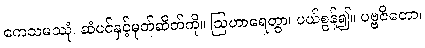
ကေသမဿုံ၊ ဆံပင်နှင့်မုတ်ဆိတ်ကို။ ဩဟာရေတွာ၊ ပယ်စွန့်၍။ ပဗ္ဗဇိတော၊